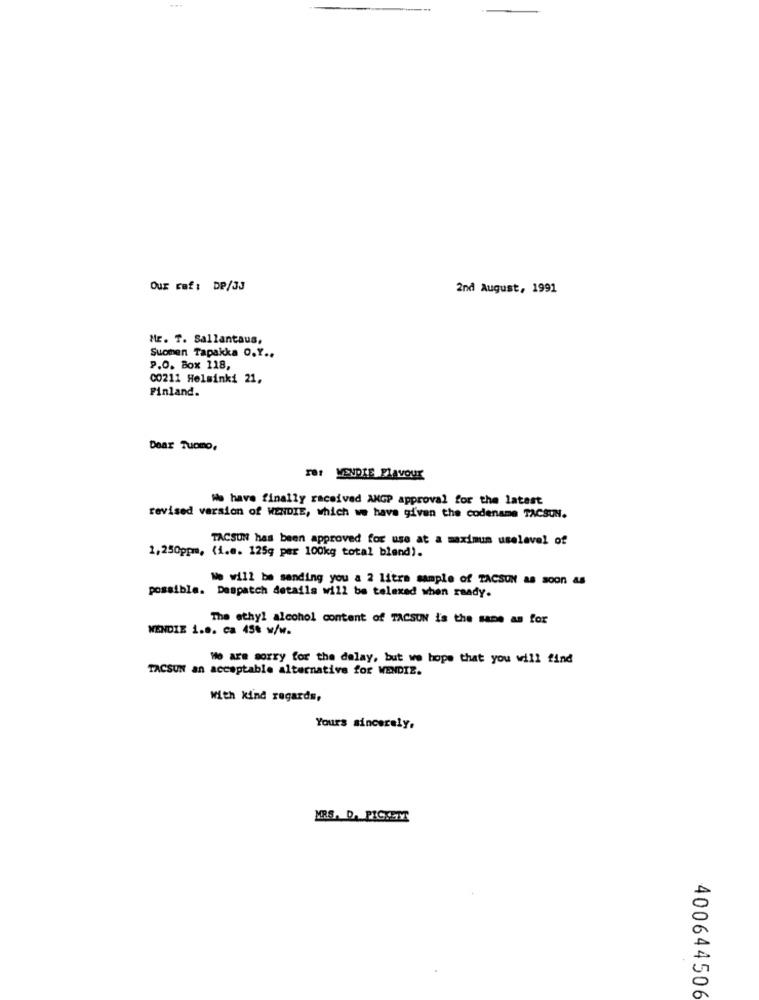
-..
Our ref: DP/33
2nd August, 1991
Mr. T. Sallantaus,
Suomen Tapakka O.Y ..
P.O. Box 118,
00211 Helsinki 21,
Finland.
Dear Tuomo,
rer VENDIE Flavour
We have finally received ANGP approval for the latest
revised version of WENDIE, which we have gi'ven the codename TACSUN.
TACSUN has been approved for use at a maximum uselevel of
1,250ppm, (i.e. 125g per 100kg total blend).
No will be sending you a 2 litra sample of TACSUN as soon as
possible. Despatch details will be telexed when ready.
The ethyl alcohol content of TAGSUN is the same as for
WENDIE 1.8. ca 45% w/w.
We are sorry for the delay, but we hope that you will find
TACSUN an acceptable alternative for WENDIZ.
With kind regards,
Yours sincerely,
MRS. D. PICKETY
400644506